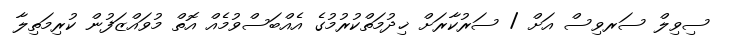
ސިވިލް ސަރވިސް އަށް / ސަރުކާރަށް ޚިދުމަތްކުރުމުގެ އެއްބަސްވުމެއް އޮތް މުވައްޒަފުން ކުރިމަތިލާ